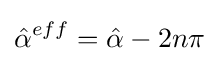
{\hat {\alpha }}^{eff}={\hat {\alpha }}-2n\pi